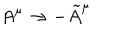
LaTeX: A ^ { \mu } \rightarrow - \tilde { A } ^ { \mu }